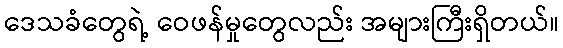
ဒေသခံတွေရဲ့ ဝေဖန်မှုတွေလည်း အများကြီးရှိတယ်။